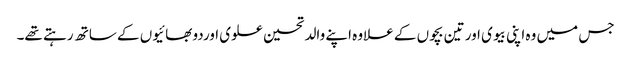
جس میں وہ اپنی بیوی اور تین بچوں کے علاوہ اپنے والد تحسین علوی اوردو بھائیوں کے ساتھ رہتے تھے۔